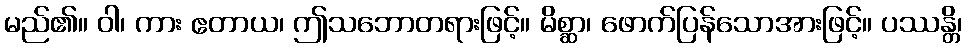
မည်၏။ ဝါ၊ ကား ဧတာယ၊ ဤသဘောတရားဖြင့်။ မိစ္ဆာ၊ ဖောက်ပြန်သောအားဖြင့်။ ပဿန္တိ၊